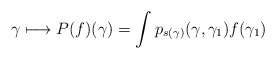
\begin{align*} \gamma \longmapsto P(f)(\gamma) = \int p_{s(\gamma)}(\gamma,\gamma_1)f(\gamma_1)\end{align*}